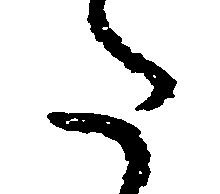
た